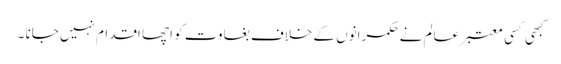
کبھی کسی معتبر عالم نے حکمرانوں کے خلاف بغاوت کو اچھا اقدام نہیں جانا ۔